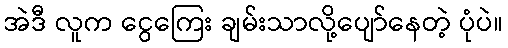
အဲဒီ လူက ငွေကြေး ချမ်းသာလို့ပျော်နေတဲ့ ပုံပဲ။